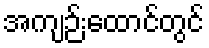
အကျဉ်းထောင်တွင်